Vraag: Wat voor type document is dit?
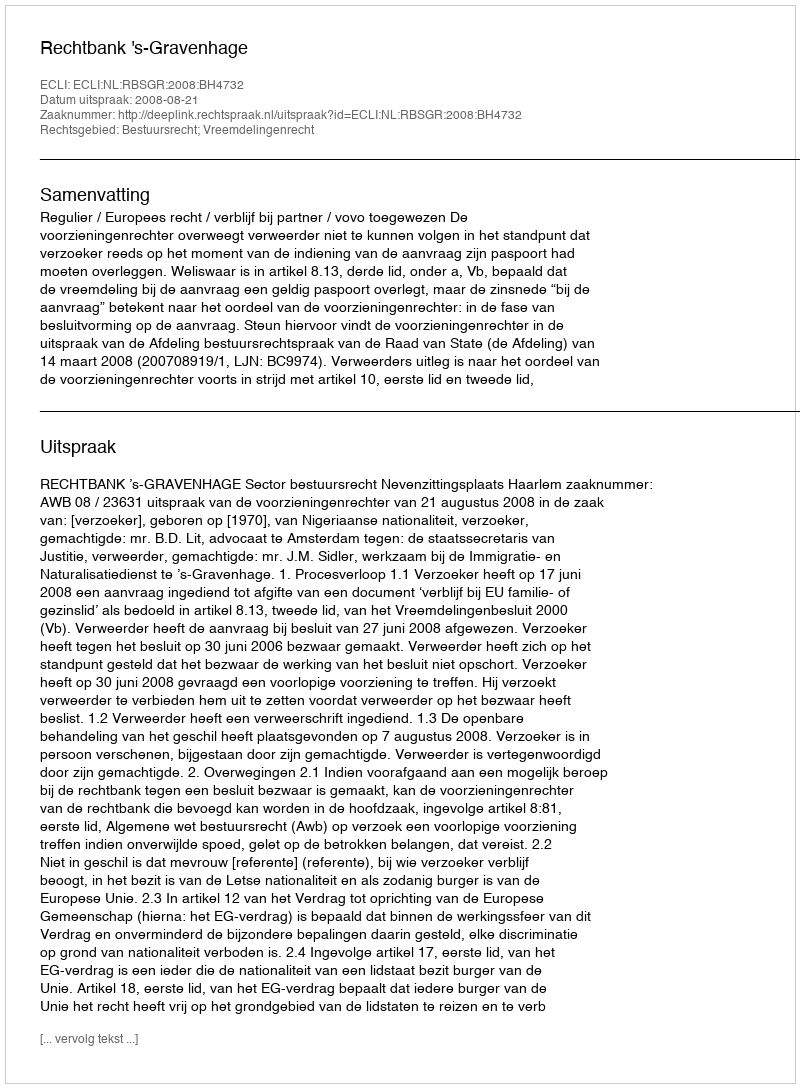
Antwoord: Uitspraak